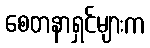
စေတနာရှင်များက